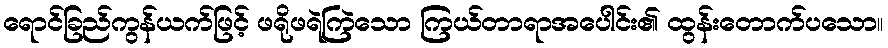
ရောင်ခြည်ကွန်ယက်ဖြင့် ဖရိုဖရဲကြဲသော ကြယ်တာရာအပေါင်း၏ ထွန်းတောက်ပသော။